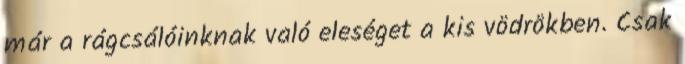
már a rágcsálóinknak való eleséget a kis vödrökben. Csak